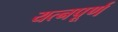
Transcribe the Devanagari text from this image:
यत्नपूर्ण